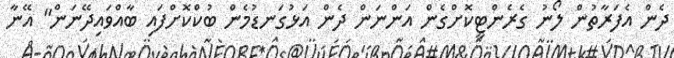
ދެން އެފަރާތުން ލޯނު ގެރެންޓީކޮށްގެން އަންނަން ދެން އަޅުގަނޑުމެން ބުކްކޮށްފައި ބާއްވައިދޭނަން" އޭނާ